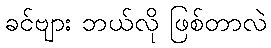
ခင်ဗျား ဘယ်လို ဖြစ်တာလဲ